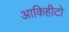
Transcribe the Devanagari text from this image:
आकिहीटो